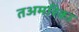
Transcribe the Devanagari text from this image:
तअमरिका